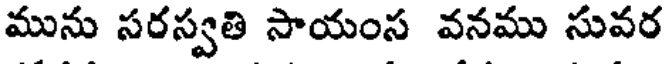
మును సరస్వతి సాయంస వనము సువర